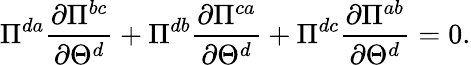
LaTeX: \Pi^{da}\frac{\partial\Pi^{bc}}{\partial\Theta^{d}}+\Pi^{db}\frac{\partial\Pi^{ca}}{\partial\Theta^{d}}+\Pi^{dc}\frac{\partial\Pi^{ab}}{\partial\Theta^{d}}=0.